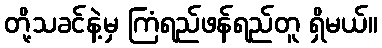
တို့သခင်နဲ့မှ ကြံရည်ဖန်ရည်တူ ရှိမယ်။